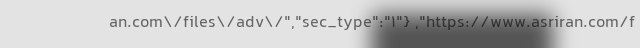
an.com\/files\/adv\/","sec_type":"1"} ,"https://www.asriran.com/f